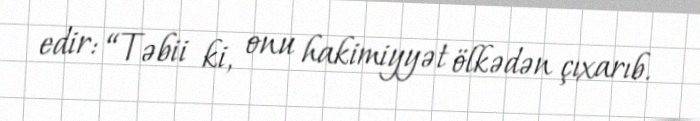
edir: “Təbii ki, onu hakimiyyət ölkədən çıxarıb.